Source: Handwritten
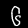
Digit: ၆ (6)